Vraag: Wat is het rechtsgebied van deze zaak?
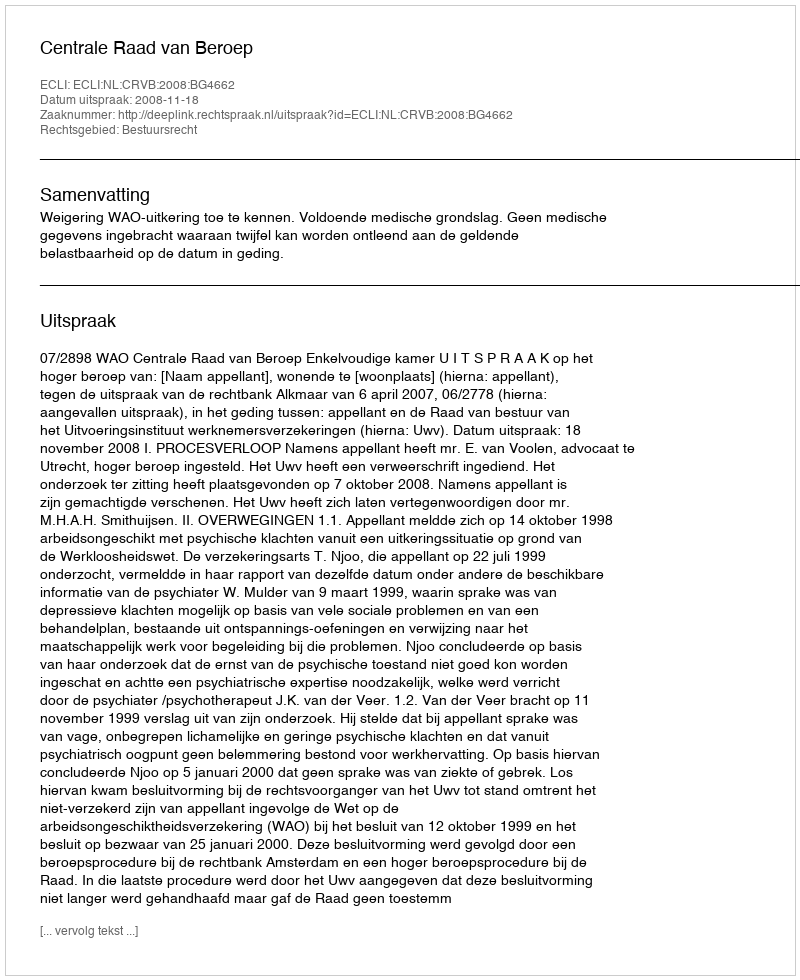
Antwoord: Bestuursrecht